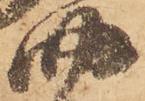
四